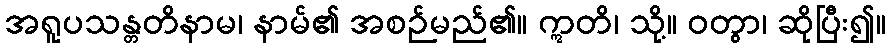
အရူပသန္တတိနာမ၊ နာမ်၏ အစဉ်မည်၏။ ဣတိ၊ သို့။ ဝတွာ၊ ဆိုပြီး၍။